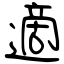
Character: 適